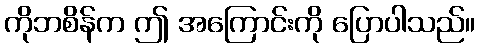
ကိုဘစိန်က ဤ အကြောင်းကို ပြောပါသည်။